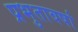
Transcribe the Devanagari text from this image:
प्रभुतावर्षा